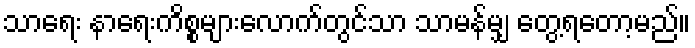
သာရေး နာရေးကိစ္စများလောက်တွင်သာ သာမန်မျှ တွေ့ရတော့မည်။